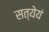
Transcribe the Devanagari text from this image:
सत्येयं